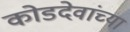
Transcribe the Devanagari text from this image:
कोडदेवांच्या